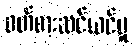
ဝတ်စားဆင်ယင်မှု